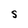
Character: S